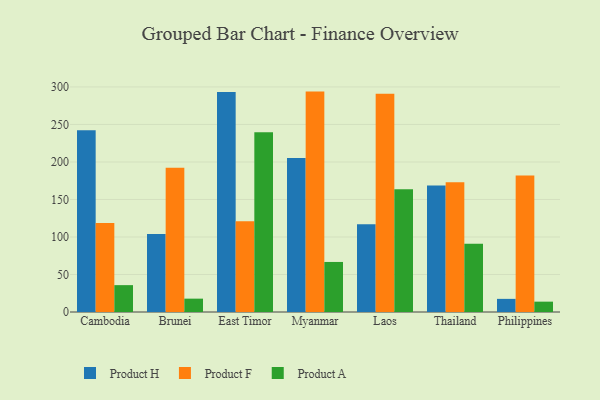
{"axis": {"x": "Country", "y": "Market Share (%)"}, "legend": ["Product A", "Product F", "Product H"], "data": [{"x": "Cambodia", "y": 242.2, "type": "Product H"}, {"x": "Cambodia", "y": 118.5, "type": "Product F"}, {"x": "Cambodia", "y": 35.8, "type": "Product A"}, {"x": "Brunei", "y": 103.9, "type": "Product H"}, {"x": "Brunei", "y": 192.3, "type": "Product F"}, {"x": "Brunei", "y": 17.8, "type": "Product A"}, {"x": "East Timor", "y": 293.4, "type": "Product H"}, {"x": "East Timor", "y": 121.0, "type": "Product F"}, {"x": "East Timor", "y": 239.5, "type": "Product A"}, {"x": "Myanmar", "y": 205.2, "type": "Product H"}, {"x": "Myanmar", "y": 293.8, "type": "Product F"}, {"x": "Myanmar", "y": 66.7, "type": "Product A"}, {"x": "Laos", "y": 117.1, "type": "Product H"}, {"x": "Laos", "y": 291.1, "type": "Product F"}, {"x": "Laos", "y": 163.5, "type": "Product A"}, {"x": "Thailand", "y": 168.7, "type": "Product H"}, {"x": "Thailand", "y": 172.9, "type": "Product F"}, {"x": "Thailand", "y": 90.9, "type": "Product A"}, {"x": "Philippines", "y": 17.5, "type": "Product H"}, {"x": "Philippines", "y": 181.8, "type": "Product F"}, {"x": "Philippines", "y": 13.8, "type": "Product A"}]}